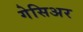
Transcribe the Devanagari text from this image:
गेसिअर